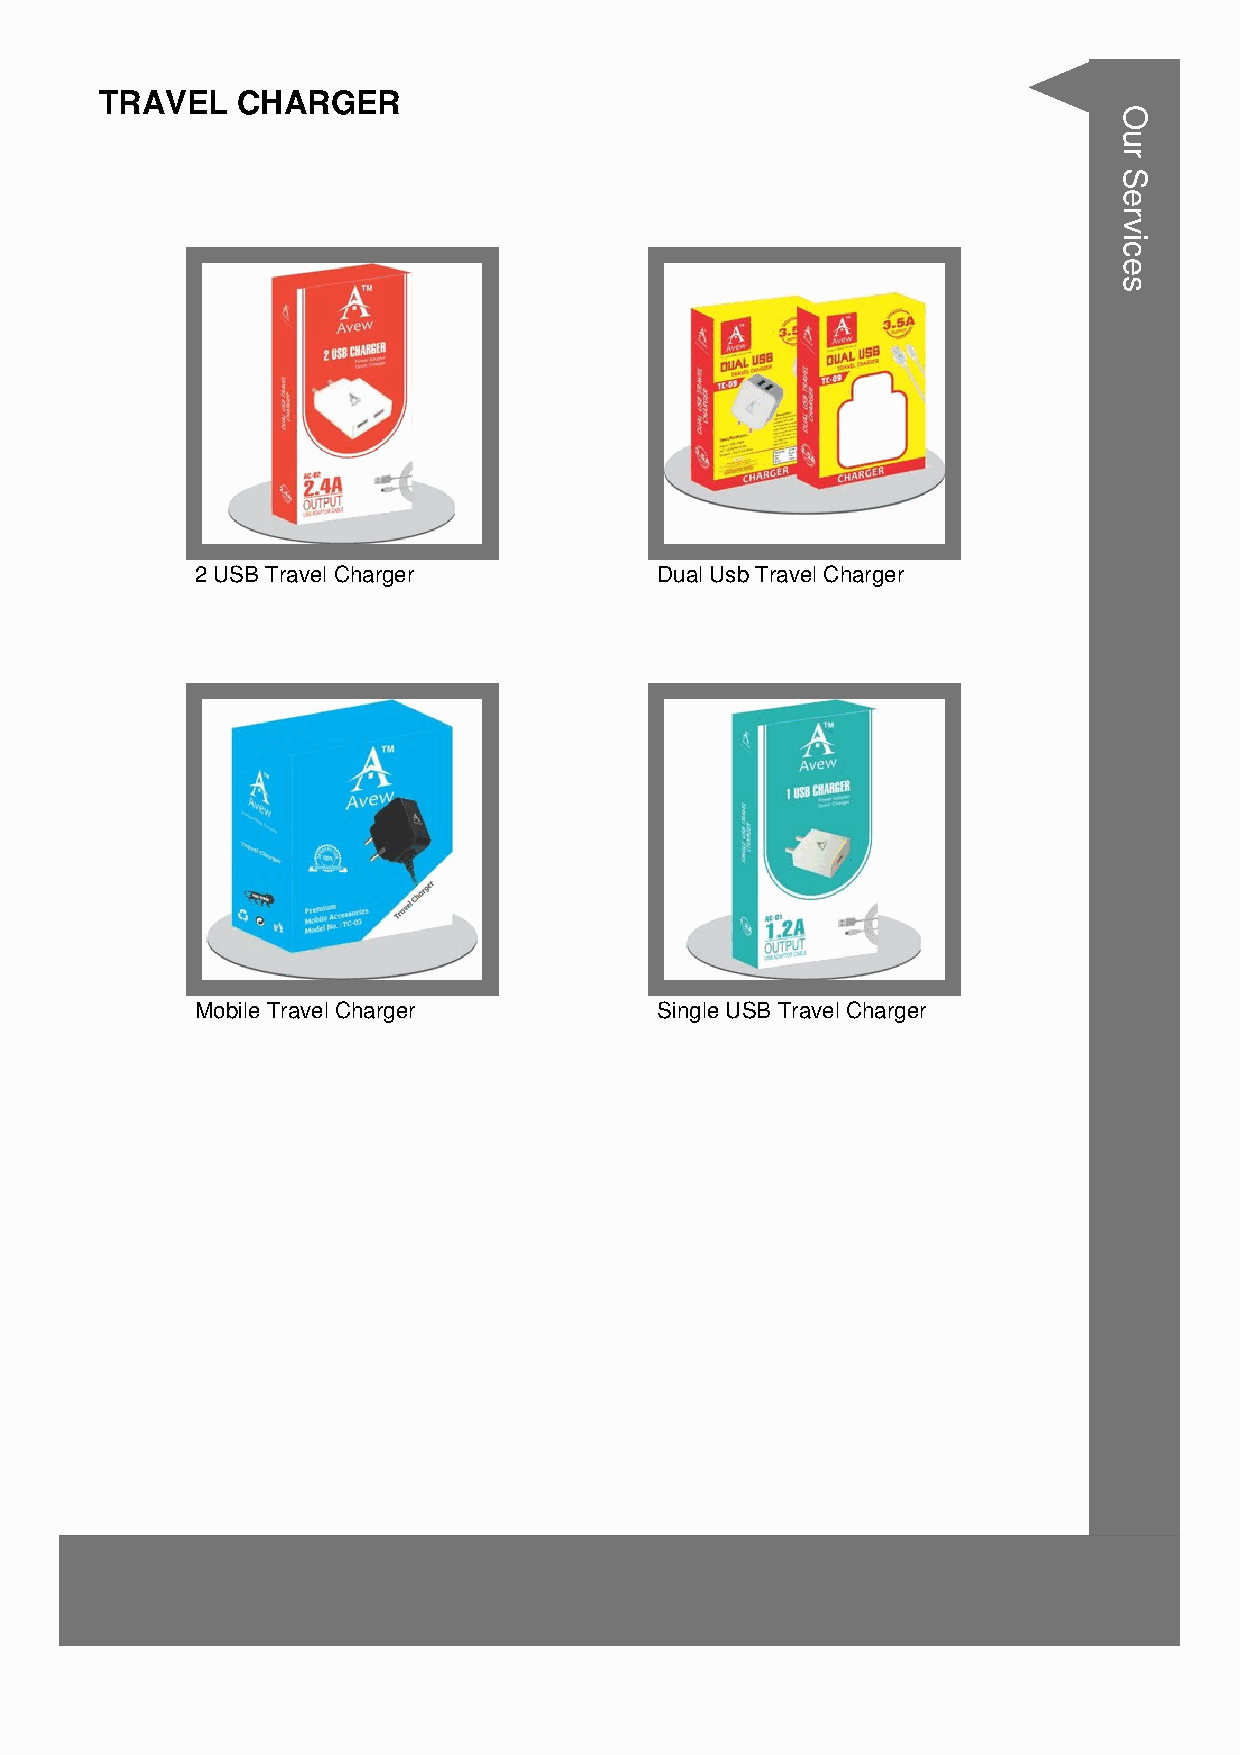
TRAVEL   CHARGER
 2 USB Travel Charger          Dual Usb Travel Charger
 Mobile Travel Charger         Single USB Travel Charger
 Our
 Services